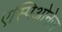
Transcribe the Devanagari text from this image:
एस्पिओनेज़